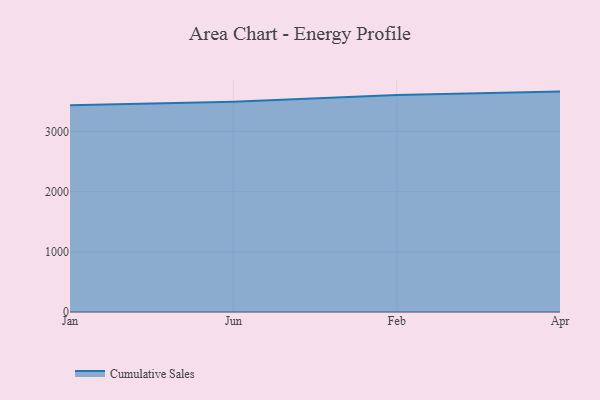
{"axis": {"x": "Month", "y": "Net Income (USD K)"}, "legend": ["Cumulative Sales"], "data": [{"x": "Jan", "y": 3434.5, "type": "Cumulative Sales"}, {"x": "Jun", "y": 3491.5, "type": "Cumulative Sales"}, {"x": "Feb", "y": 3603.7, "type": "Cumulative Sales"}, {"x": "Apr", "y": 3662.1, "type": "Cumulative Sales"}]}